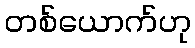
တစ်ယောက်ဟု